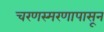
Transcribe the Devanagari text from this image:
चरणस्मरणापासून